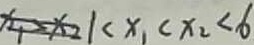
x _ { 1 } > x _ { 2 } 1 < x _ { 1 } < x _ { 2 } < 6